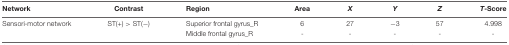
<table><thead><tr><td><b>Network</b></td><td><b>Contrast</b></td><td><b>Region</b></td><td><b>Area</b></td><td><b><i>X</i></b></td><td><b><i>Y</i></b></td><td><b><i>Z</i></b></td><td><b><i>T</i>-Score</b></td></tr></thead><tbody><tr><td>Sensori-motor network</td><td>ST(+) &gt; ST(−)</td><td>Superior frontal gyrus_R</td><td>6</td><td>27</td><td>−3</td><td>57</td><td>4.998</td></tr><tr><td></td><td></td><td>Middle frontal gyrus_R</td><td>-</td><td>-</td><td>-</td><td>-</td><td>-</td></tr></tbody></table>